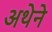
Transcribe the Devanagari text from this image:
अथेने